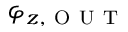
\varphi _ { z , \mathrm { ~ O ~ U ~ T ~ } }